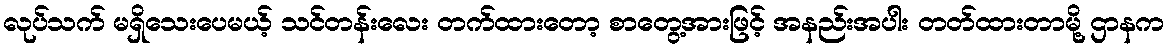
လုပ်သက် မရှိသေးပေမယ့် သင်တန်းလေး တက်ထားတော့ စာတွေ့အားဖြင့် အနည်းအပါး တတ်ထားတာမို့ ဌာနက